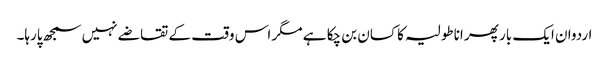
اردوان ایک بار پھر اناطولیہ کا کسان بن چکا ہے مگر اس وقت کے تقاضے نہیں سمجھ پارہا۔